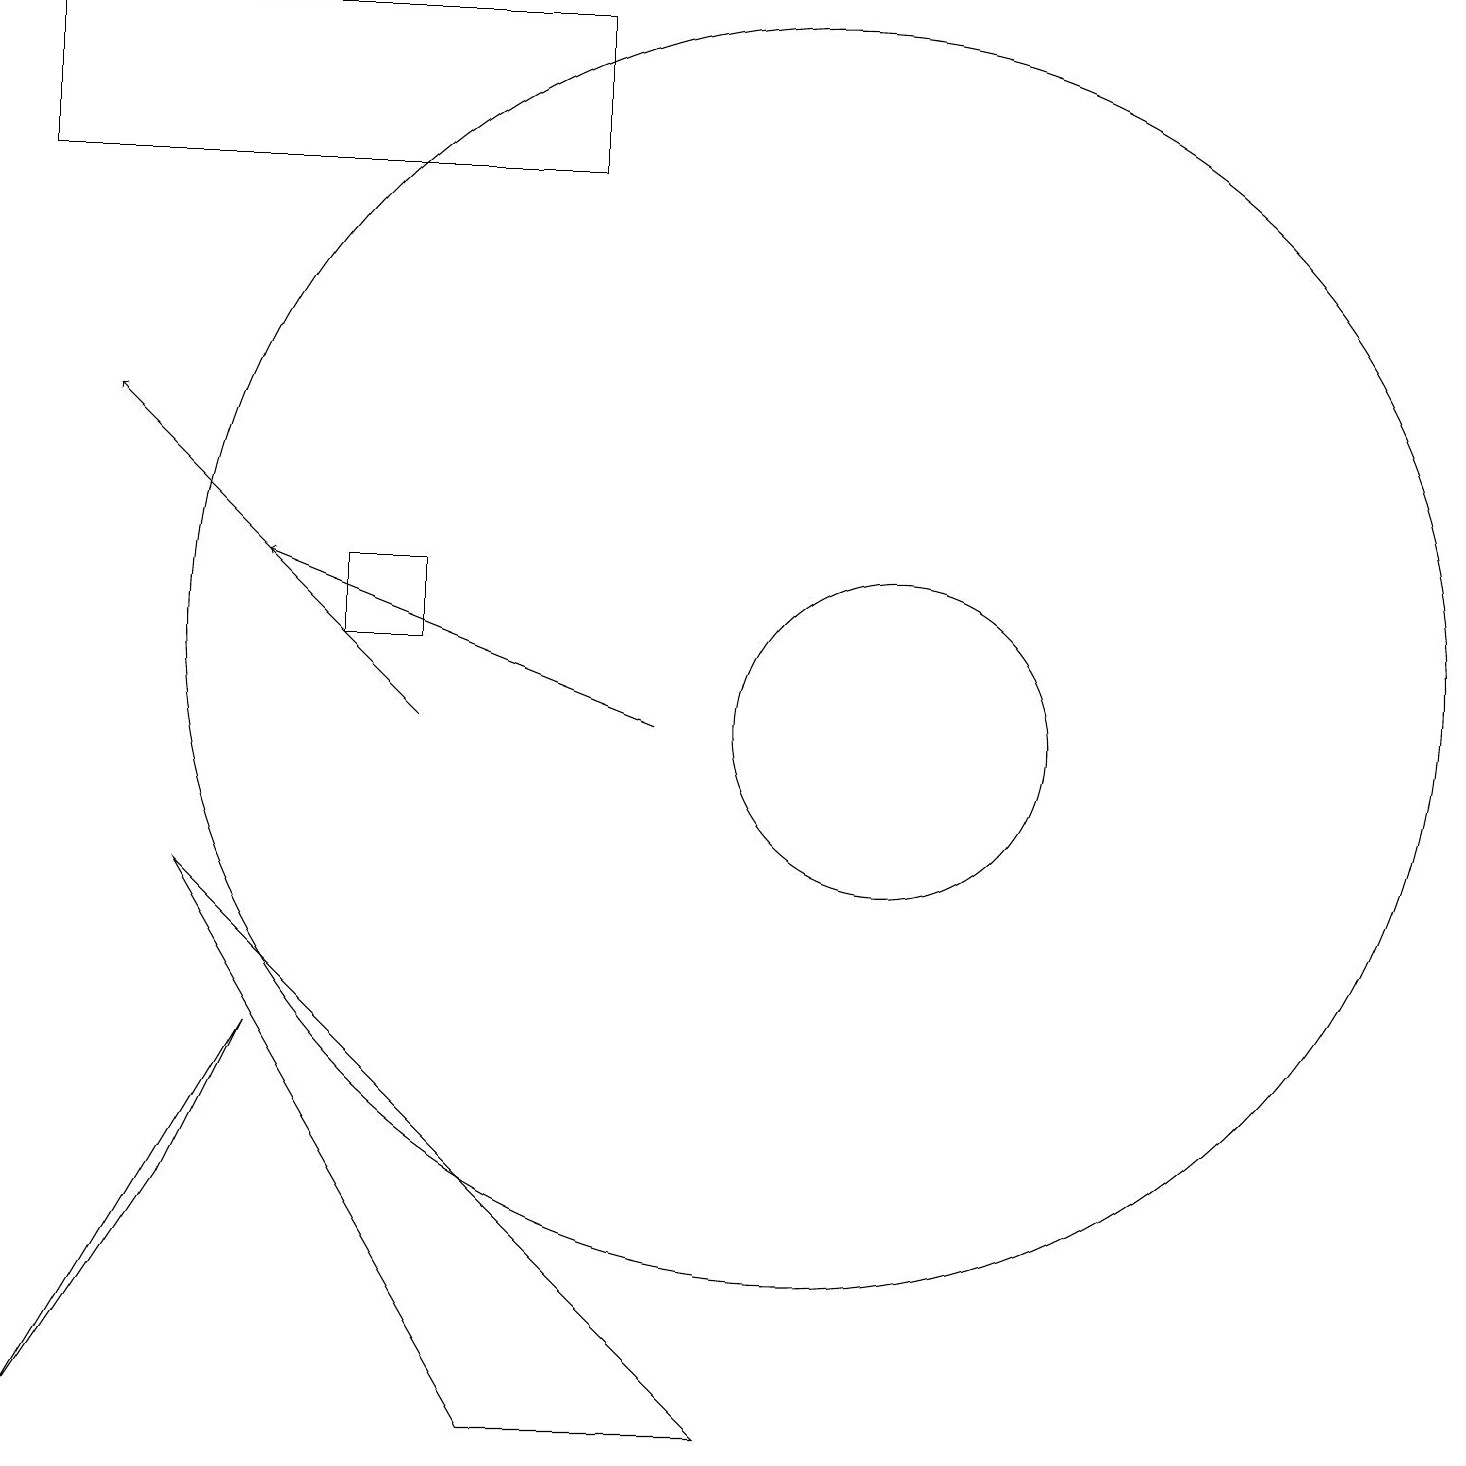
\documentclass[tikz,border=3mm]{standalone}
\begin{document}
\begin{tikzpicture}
\draw (0,17) rectangle (7,19);
\draw[->] (8,10) -- (3,12);
\draw (11,10) circle (2);
\draw (9,1) -- (6,1) -- (2,8) -- cycle;
\draw (10,11) circle (8);
\draw (4,12) rectangle (5,11);
\draw (2,4) -- (0,1) -- (3,6) -- cycle;
\draw[->] (5,10) -- (1,14);
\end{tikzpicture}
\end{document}